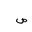
Letter: _sad